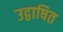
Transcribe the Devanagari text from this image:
उद्वाषित